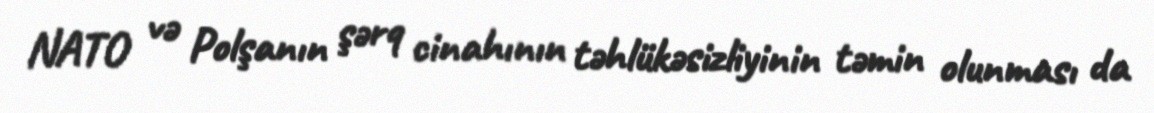
NATO və Polşanın şərq cinahının təhlükəsizliyinin təmin olunması da